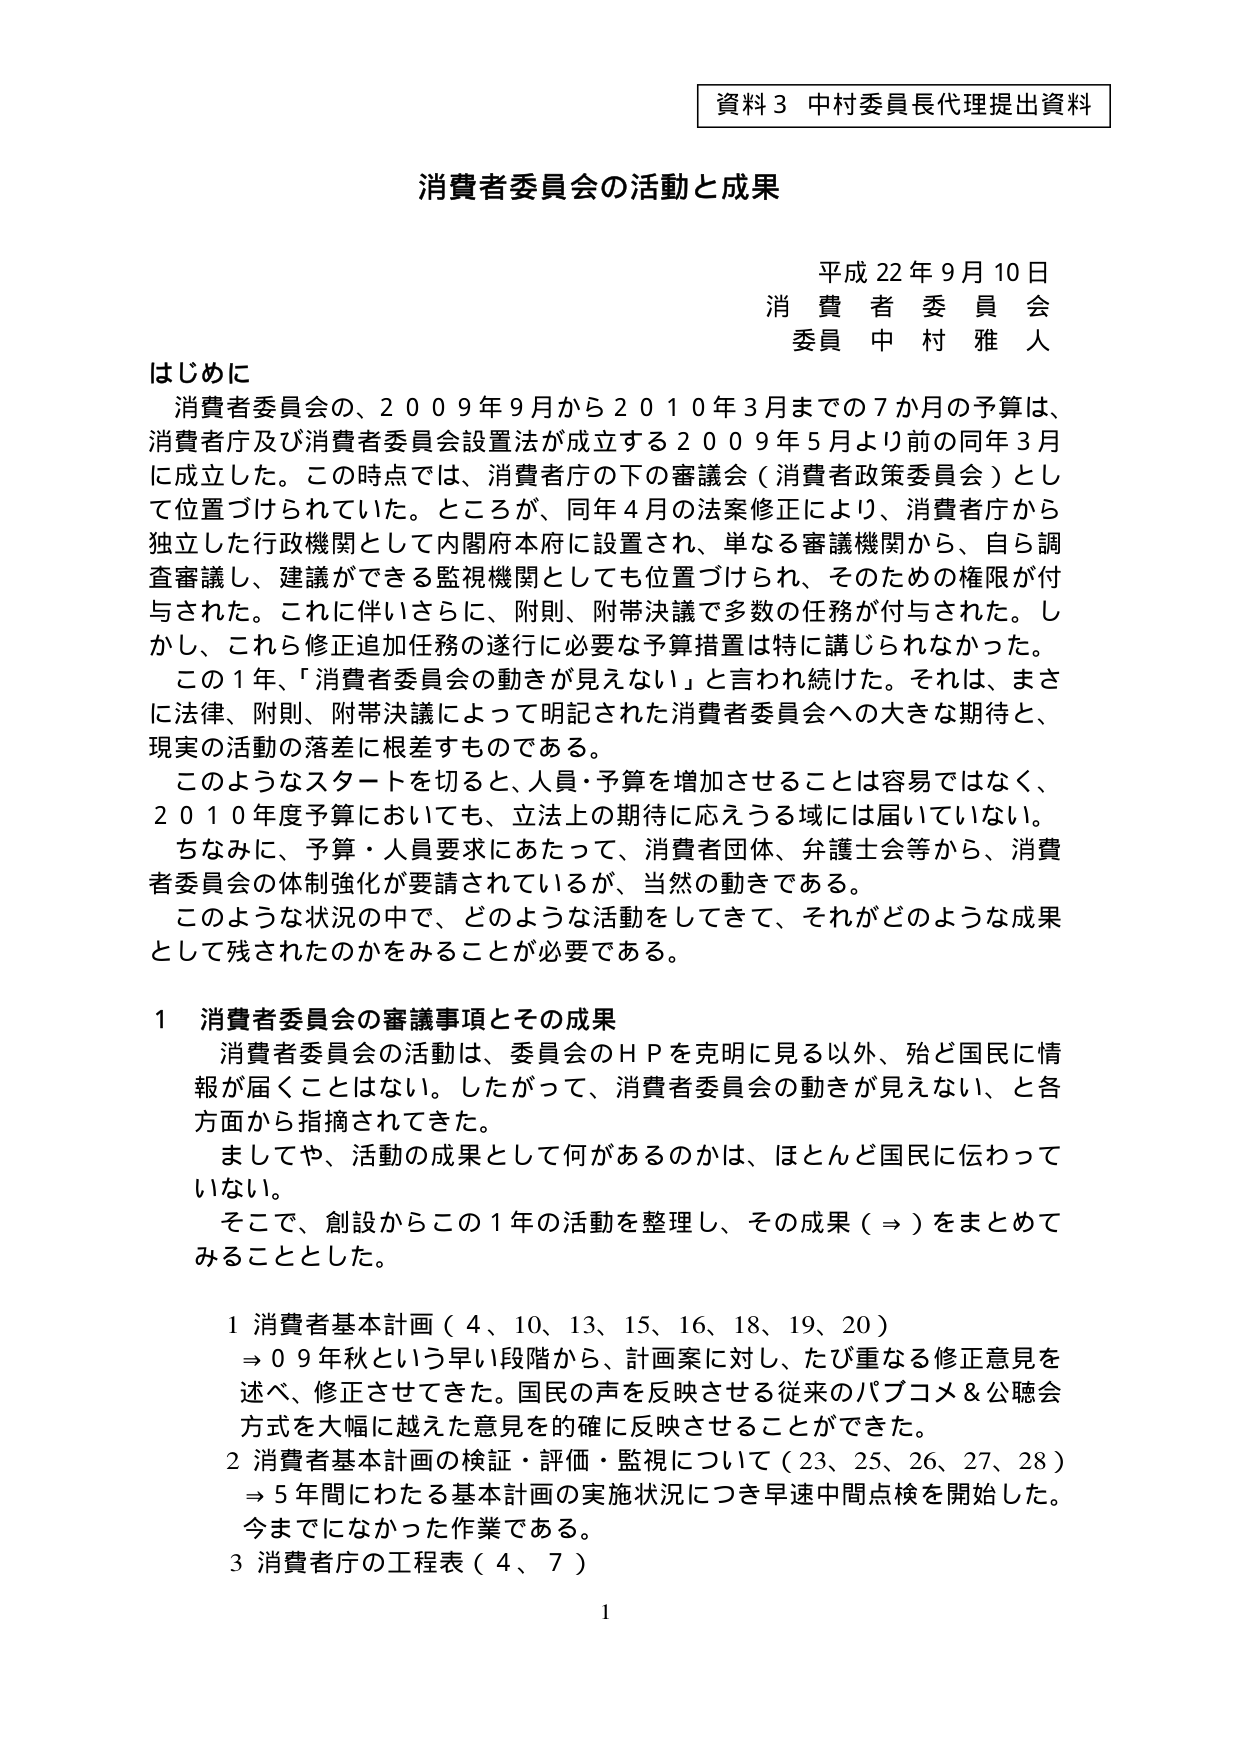
資料３ 中村委員長代理提出資料

消費者委員会の活動と成果

平成22年9月10日
消費者委員会
委員 中村雅人

はじめに
消費者委員会の、2009年9月から2010年3月までの7か月の予算は、消費者庁及び消費者委員会設置法が成立する2009年5月より前の同年3月に成立した。この時点では、消費者庁の下の審議会（消費者政策委員会）として位置づけられていた。ところが、同年4月の法案修正により、消費者庁から独立した行政機関として内閣府本府に設置され、単なる審議機関から、自ら調査審議し、建議ができる監視機関としても位置づけられ、そのための権限が付与された。これに伴いさらに、附則、附帯決議で多数の任務が付与された。しかし、これら修正追加任務の遂行に必要な予算措置は特に講じられなかった。
この1年、「消費者委員会の動きが見えない」と言われ続けた。それは、まさに法律、附則、附帯決議によって明記された消費者委員会への大きな期待と、現実の活動の落差に根差すものである。
このようなスタートを切ると、人員・予算を増加させることは容易ではなく、2010年度予算においても、立法上の期待に応えうる域には届いていない。
ちなみに、予算・人員要求にあたって、消費者団体、弁護士会等から、消費者委員会の体制強化が要請されているが、当然の動きである。
このような状況の中で、どのような活動をしてきて、それがどのような成果として残されたのかをみることが必要である。

1 消費者委員会の審議事項とその成果
消費者委員会の活動は、委員会のＨＰを克明に見る以外、殆ど国民に情報が届くことはない。したがって、消費者委員会の動きが見えない、と各方面から指摘されてきた。
ましてや、活動の成果として何があるのかは、ほとんど国民に伝わっていない。
そこで、創設からこの1年の活動を整理し、その成果（⇒）をまとめてみることとした。

1 消費者基本計画（4、10、13、15、16、18、19、20）
⇒09年秋という早い段階から、計画案に対し、たび重なる修正意見を述べ、修正させてきた。国民の声を反映させる従来のパブコメ＆公聴会方式を大幅に越えた意見を的確に反映させることができた。
2 消費者基本計画の検証・評価・監視について（23、25、26、27、28）
⇒5年間にわたる基本計画の実施状況につき早速中間点検を開始した。今までになかった作業である。
3 消費者庁の工程表（4、7）

1